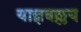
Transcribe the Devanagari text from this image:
याज्ञवल्लय